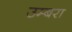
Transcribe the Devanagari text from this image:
उम्बरा